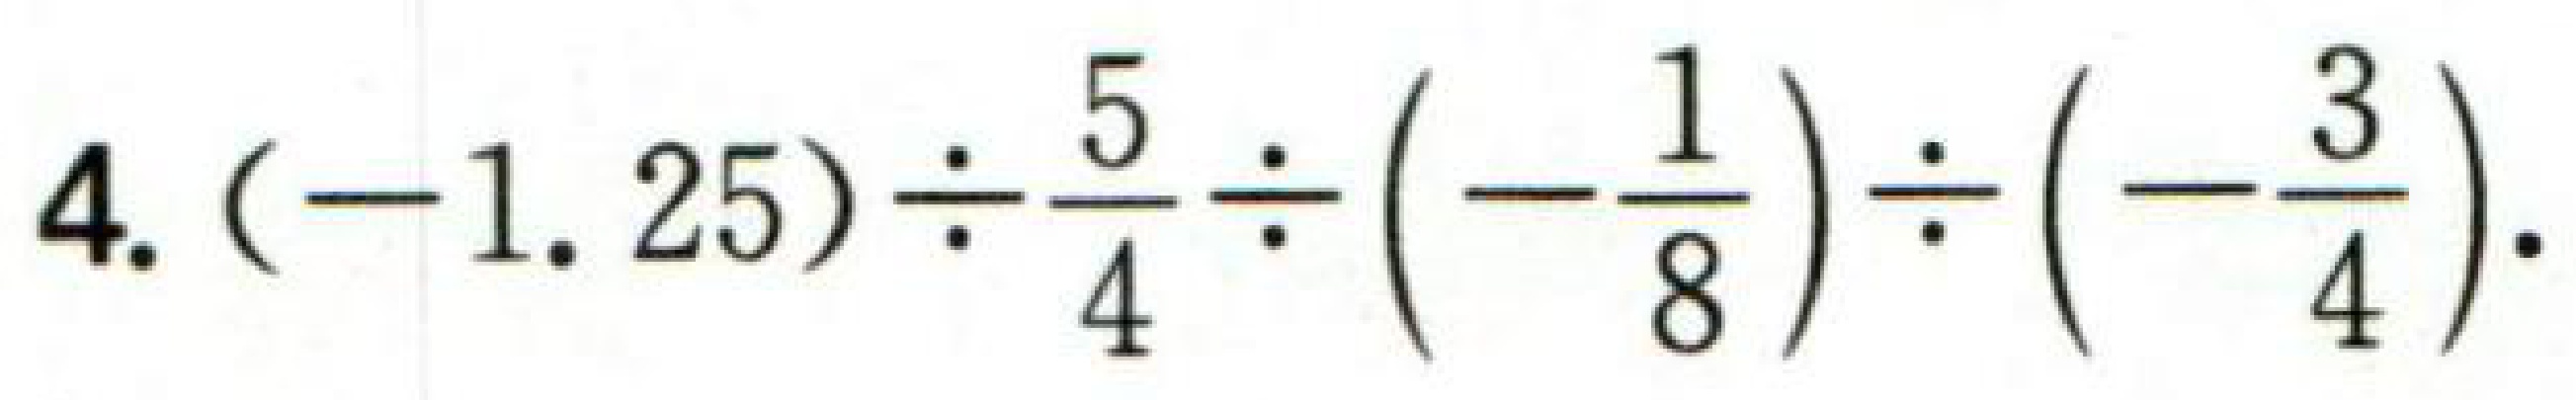
$4.(-1.25)\div\frac{5}{4}\div(-\frac{1}{8})\div(-\frac{3}{4}).$